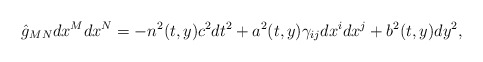
\begin{align*}\hat{g}_{MN}dx^Mdx^N=-n^2(t,y)c^2dt^2+a^2(t,y)\gamma_{ij}dx^idx^j+b^2(t,y)dy^2,\end{align*}